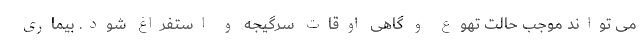
می تواند موجب حالت تهوع و گاهی اوقات سرگیجه و استفراغ شود. بیماری